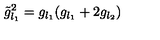
\tilde { g } _ { l _ { 1 } } ^ { 2 } = g _ { l _ { 1 } } ( g _ { l _ { 1 } } + 2 g _ { l _ { 2 } } )